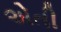
એતી